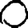
Digit: 0